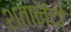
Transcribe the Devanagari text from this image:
शतानंदो